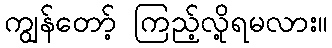
ကျွန်တော့် ကြည့်လို့ရမလား။